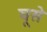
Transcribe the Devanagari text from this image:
घूसे